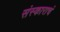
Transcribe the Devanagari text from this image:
संस्काराचं